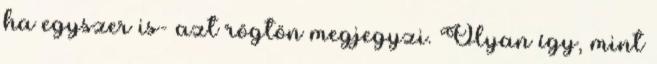
ha egyszer is- azt rögtön megjegyzi. Olyan így, mint